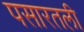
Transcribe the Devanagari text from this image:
पसारतली